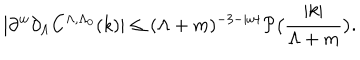
| \partial ^ { w } \partial _ { \Lambda } C ^ { \Lambda , \Lambda _ { 0 } } ( k ) | \le ( \Lambda + m ) ^ { - 3 - | w | } \mathcal { P } \bigl ( \frac { | k | } { \Lambda + m } \bigr ) .